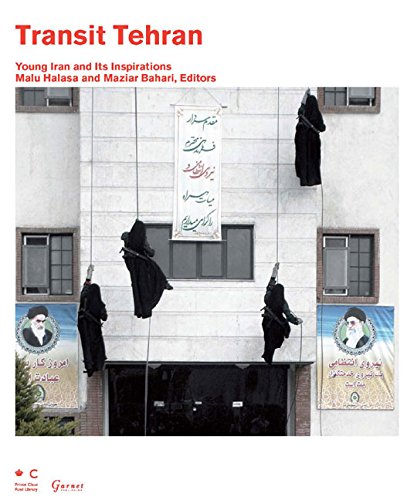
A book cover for Transit Tehran: Young Iran and Its Inspirations; Malu Halasa; Travel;